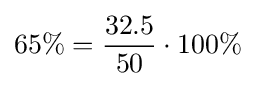
65\%={32.5 \over 50}\cdot 100\%